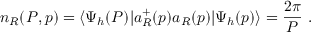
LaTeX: n _ { R } ( P , p ) = \langle \Psi _ { h } ( P ) | a _ { R } ^ { + } ( p ) a _ { R } ( p ) | \Psi _ { h } ( p ) \rangle = \frac { 2 \pi } P \ .